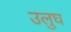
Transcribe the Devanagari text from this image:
उलुघ